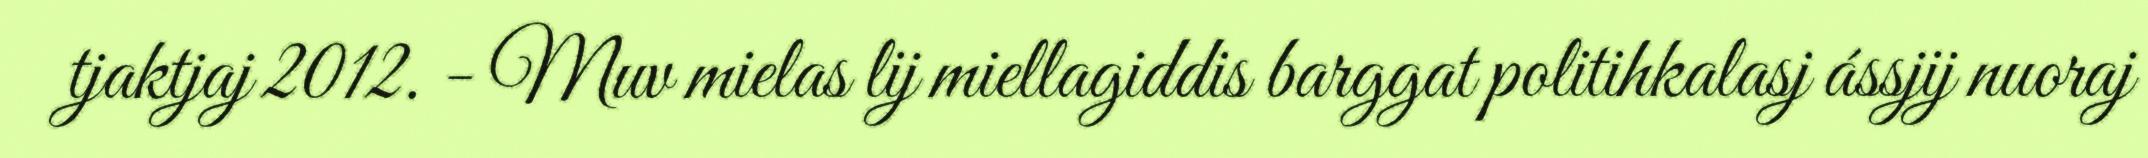
tjaktjaj 2012. - Muv mielas lij miellagiddis barggat politihkalasj ássjij nuoraj